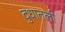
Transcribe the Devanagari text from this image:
दुधातली